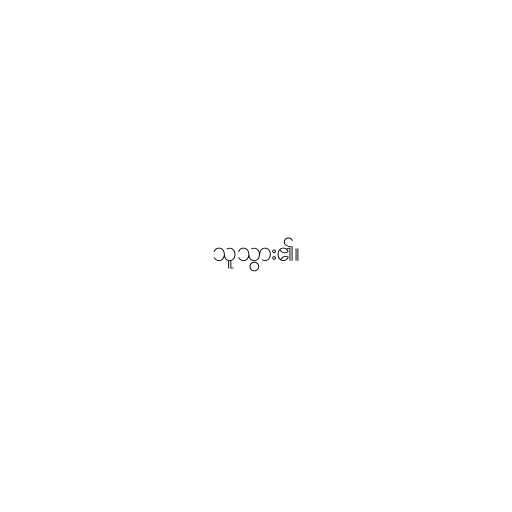
သူသွား၏။